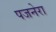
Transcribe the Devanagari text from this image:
पजनेरा